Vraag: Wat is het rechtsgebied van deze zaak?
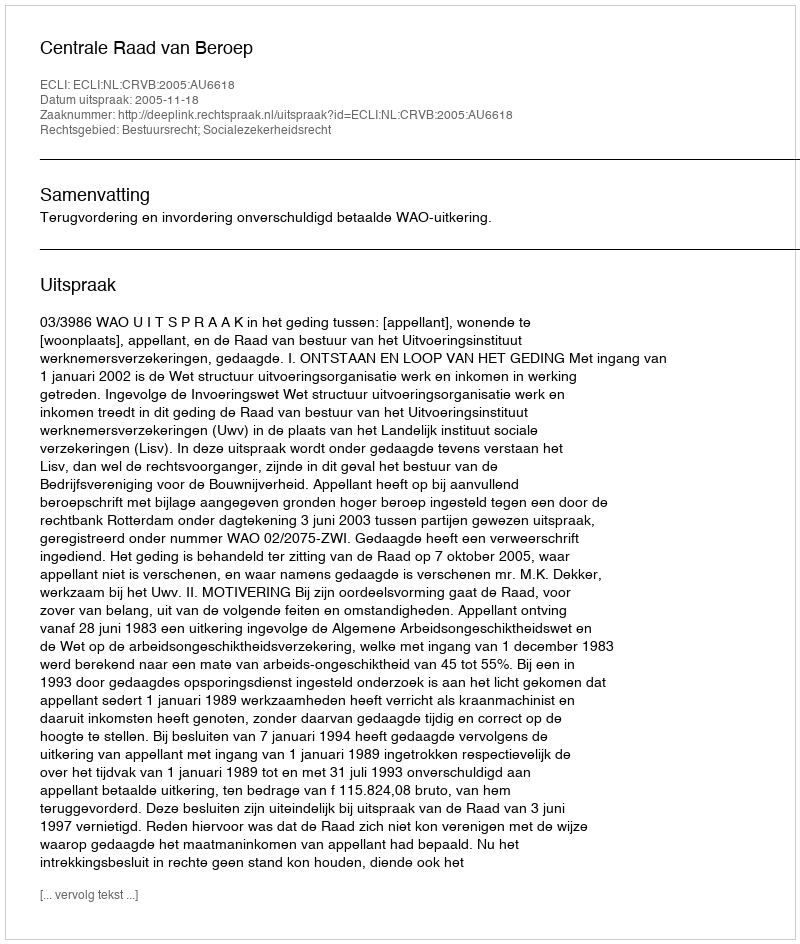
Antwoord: Bestuursrecht; Socialezekerheidsrecht